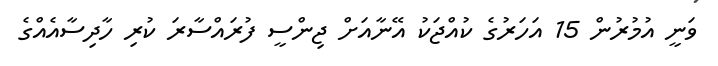
ވަނީ އުމުރުން 15 އަހަރުގެ ކުއްޖަކު އޭނާއަށް ޖިންސީ ފުރައްސާރަ ކުރިި ހާދިސާއެއްގެ